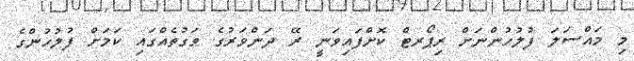
މި މައްސަލަ ފުލުހުންނަށް ރިޕޯރޓް ކޮށްފައިވަނީ ރޭ ދަންވަރުގެ ވަގުތެއްގައި ކަމަށް ފުލުހުންގެ